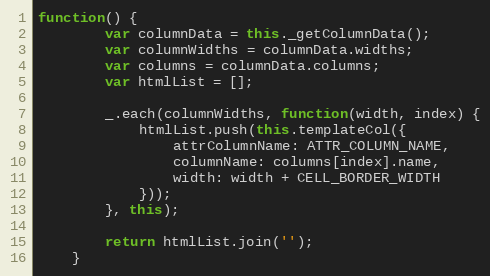
Language: JavaScript
function() {
        var columnData = this._getColumnData();
        var columnWidths = columnData.widths;
        var columns = columnData.columns;
        var htmlList = [];

        _.each(columnWidths, function(width, index) {
            htmlList.push(this.templateCol({
                attrColumnName: ATTR_COLUMN_NAME,
                columnName: columns[index].name,
                width: width + CELL_BORDER_WIDTH
            }));
        }, this);

        return htmlList.join('');
    }